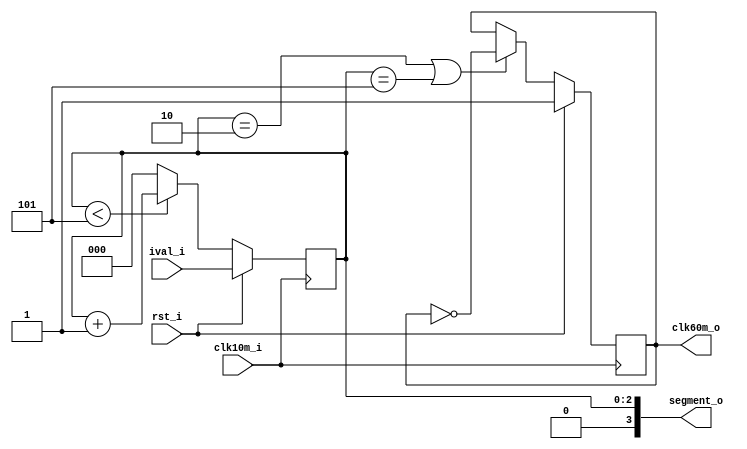
//-----------------------------------------------------
// ProjectName: ASIC watch
// Description: 0 - 5 counter. 10 min increments
//              It interfaces with 7-segment driver xx:mx
// Coder      : G.Cabo & L.Ledoux
// References :
//-----------------------------------------------------
`default_nettype none
`timescale 1 ns / 1 ps

`ifndef SYNT
    `ifdef FORMAL
        `define ASSERTIONS
    `endif
`endif

module count60m (
    input wire rst_i, // active high
    input wire clk10m_i, // 1/600 Hz
    output reg clk60m_o, // 1/3600 Hz registered
    input wire [2:0] ival_i, // Initial value
    output wire [3:0] segment_o // fully encoded, one-hot decoder needed
);

reg [2:0] count_int;
always @(posedge clk10m_i) begin : count_3bit
            if (rst_i) begin
                count_int <= ival_i;
            end else begin
                if (count_int < 5) begin
                    count_int <= count_int+1;
                end else begin
                    count_int <= 0;
                end
            end
end

assign segment_o = {1'b0,count_int};// since max value 6. 4th bit is unused

//xx:mx counter clock
always @(posedge clk10m_i) begin: clk_xxmx
            if (rst_i) begin
                clk60m_o <= 1;
            end else begin
                if ((count_int==2) || (count_int==5)) begin
                    clk60m_o <= ~clk60m_o;
                end else begin
                    clk60m_o <= clk60m_o;
                end
            end
end


endmodule